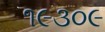
૧૯૩૦૯